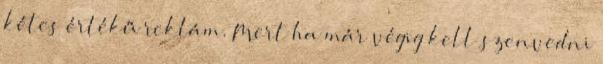
kétes értékű reklám. Mert ha már végig kell szenvedni